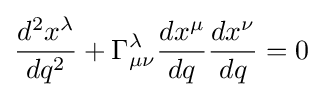
{\frac {d^{2}x^{\lambda }}{dq^{2}}}+\Gamma _{\mu \nu }^{\lambda }{\frac {dx^{\mu }}{dq}}{\frac {dx^{\nu }}{dq}}=0